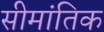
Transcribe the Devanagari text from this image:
सीमांतिक